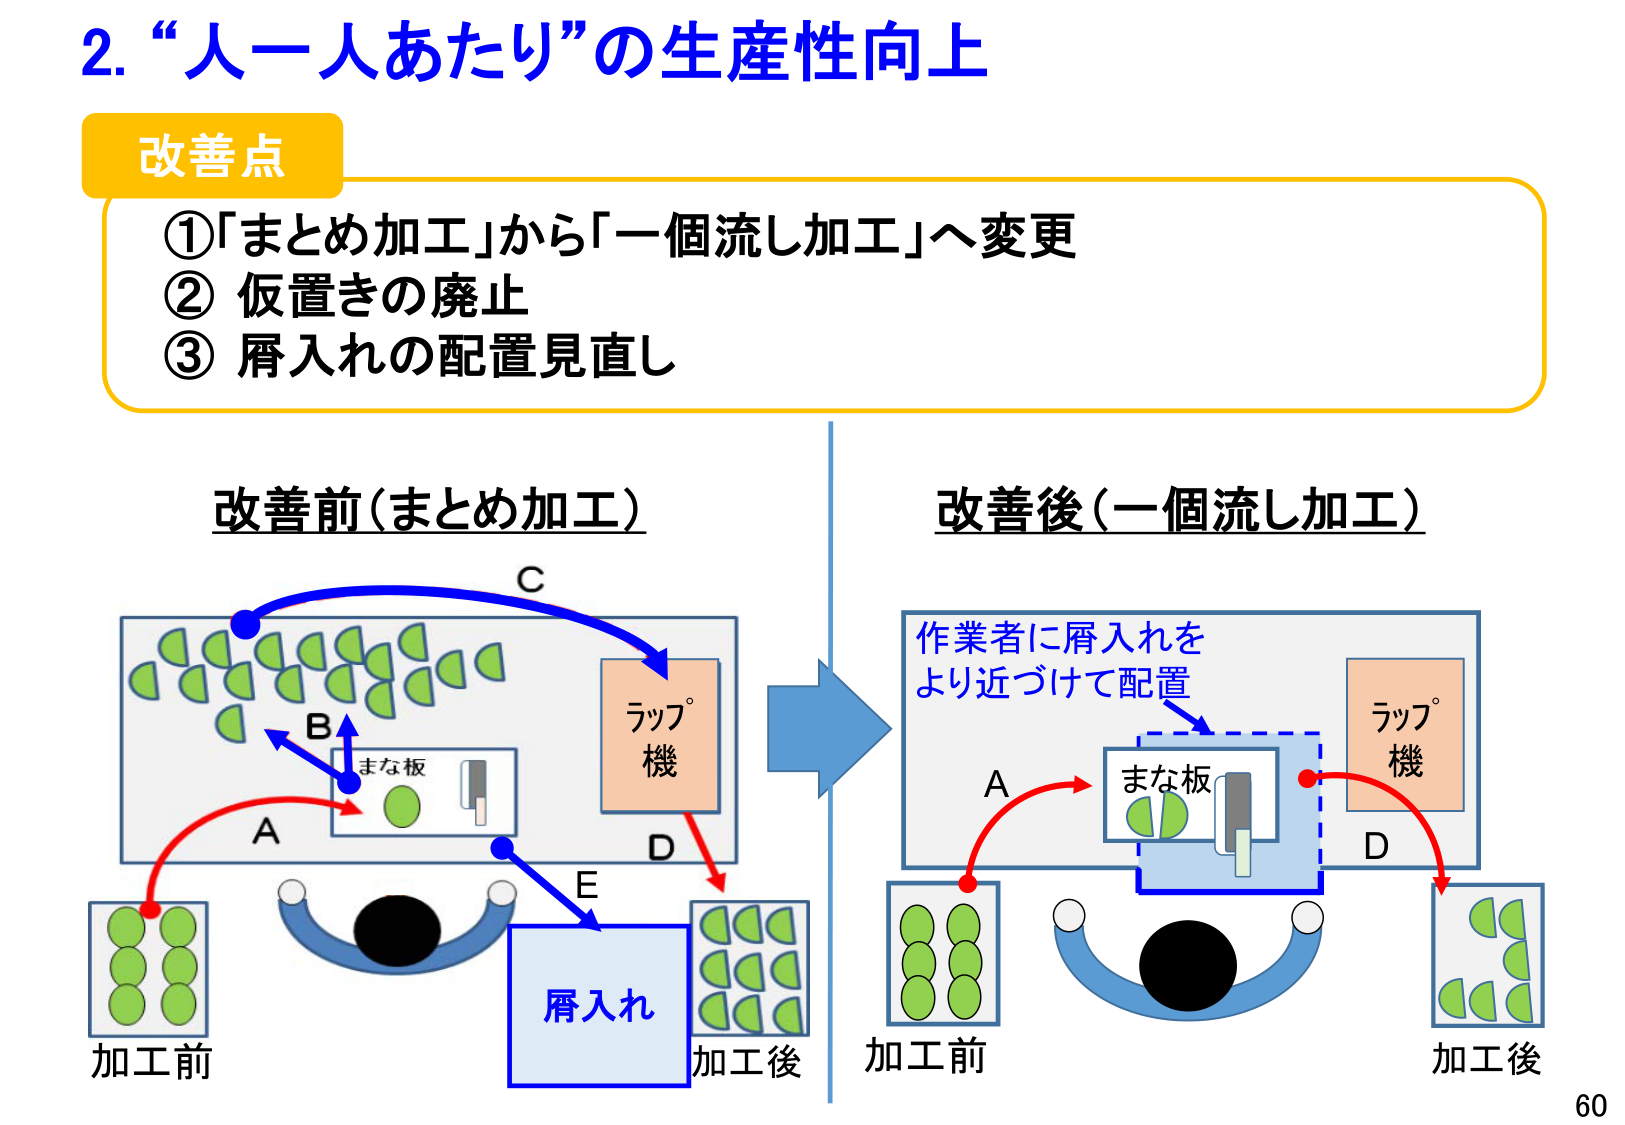
2. “人一人あたり”の生産性向上

改善点
①「まとめ加工」から「一個流し加工」へ変更
② 仮置きの廃止
③ 屑入れの配置見直し

改善前（まとめ加工）
加工前
A
B
まな板
C
ラップ機
D
E
屑入れ
加工後

改善後（一個流し加工）
作業者に屑入れを
より近づけて配置
A
まな板
ラップ機
D
加工前
加工後

60